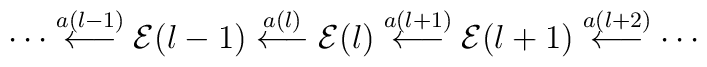
\cdots \stackrel{a(l-1)}{\longleftarrow} {\cal E}(l-1)	   \stackrel{a(l)}{\longleftarrow} {\cal E}(l)	   \stackrel{a(l+1)}{\longleftarrow} {\cal E}(l+1)	   \stackrel{a(l+2)}{\longleftarrow} \cdots